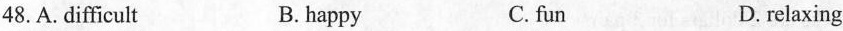
48.A.difficult B.happy C.fun D.relaxing